Lunatic asylums Bombay report 1891-1903 - 1891-1903
Year: 1891
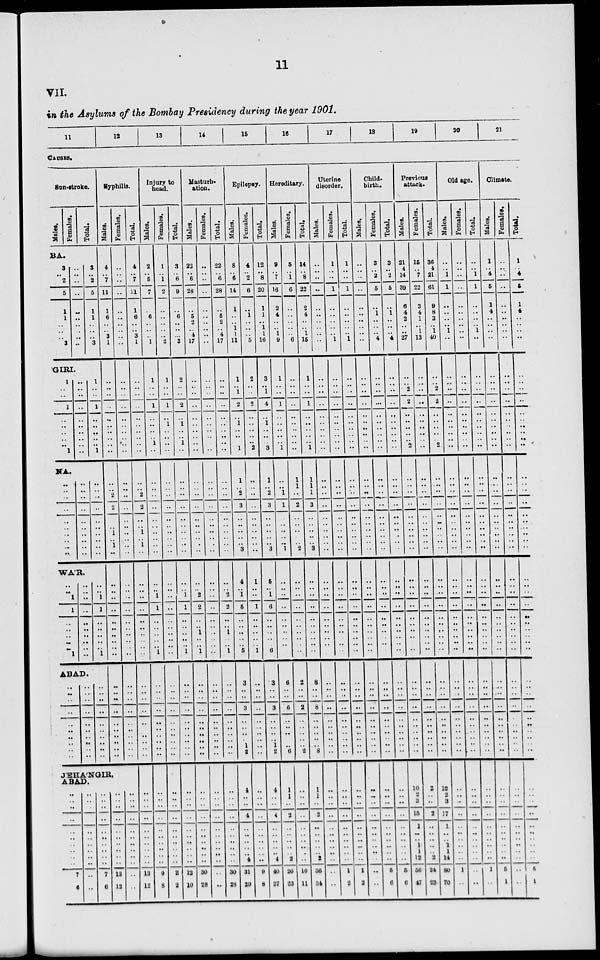
11
VII.
in the Asylums of the Bombay Presidency during the year 1901.
11
12
13
14
15
16
17
18
19
20
21
CAUSES.
Sun-stroke.
Males.
Females. Total.
BA.
3
..
2
5
1
1
..
..
..
3
..
..
..
..
..
..
..
..
..
..
3
..
2
5
1
1
..
..
..
3
GIRI.
1
..
..
1
..
..
..
..
..
1
..
..
..
..
..
..
..
..
..
..
1
..
..
1
..
..
..
..
..
1
NA.
..
..
..
..
..
..
..
..
..
..
..
..
..
..
..
..
..
..
..
..
..
..
..
..
..
..
..
..
..
..
WA'R.
..
..
1
1
..
..
..
..
..
1
..
..
..
..
..
..
..
..
.. ..
..
..
1
1
..
..
..
..
..
1
ABAD.
..
..
..
..
..
..
..
..
..
..
..
..
..
..
..
..
..
..
..
..
Syphilis.
Males.
4
..
7
11
1
6
..
..
3
1
..
..
..
..
..
..
..
..
..
..
Females.
..
..
..
..
..
..
..
..
..
..
..
..
..
..
..
..
..
..
..
..
..
.. 2
2
..
..
1
..
1
..
..
..
..
..
..
..
..
..
..
..
..
..
..
..
..
..
..
..
..
..
..
.. ..
..
..
..
..
..
..
..
..
..
..
..
..
..
..
..
..
..
..
..
..
..
..
..
..
..
..
..
JEHA'NGIR,
ABAD.
..
..
..
..
..
..
..
..
..
..
7
6
..
..
..
..
..
..
..
..
..
..
..
..
..
..
..
..
..
..
..
..
..
..
7
6
..
..
..
..
..
..
..
..
..
..
13
12
..
..
..
..
..
..
..
..
..
..
..
..
Total.
4
..
7
11
1
6
..
..
3
1
..
..
..
..
..
..
..
..
..
..
..
.. 2
2
..
..
1
.. 1
..
..
..
..
..
..
..
..
..
..
..
..
..
..
..
..
..
..
..
..
..
..
..
..
..
..
..
..
..
..
..
13
12
Injury to
head.
Males.
2
..
5
7
..
6
..
..
..
1
1
..
..
1
..
..
..
..
1
..
..
..
..
..
..
..
..
..
..
..
..
.. 1
1
..
..
..
..
.. 1
..
..
..
..
..
..
..
..
..
..
..
..
..
..
..
..
..
..
..
..
9
8
Females.
1
..
1
2
..
,.
..
..
..
2
1
..
..
1
..
1
..
..
..
..
..
..
..
..
..
..
..
..
..
..
..
.. ..
..
..
..
..
..
..
..
..
..
..
..
..
..
..
..
..
..
..
..
..
..
..
..
..
..
..
..
3
2
Total.
3
..
6
9
..
6
..
..
..
3
2
..
..
2
..
1
..
..
1
..
..
..
..
..
..
..
..
..
..
..
..
.. 1
1
..
..
..
..
.. 1
..
..
..
..
..
..
..
..
..
..
..
..
..
..
..
..
..
..
..
..
12
10
Masturb¬
ation.
Males.
22
..
6
28
..
5
2
..
4
17
..
..
..
..
..
..
..
..
..
..
..
..
..
..
..
..
..
..
..
..
..
.. 2
2
..
1
..
..
.. 1
..
..
..
..
..
..
..
..
..
..
..
..
..
..
..
..
..
..
..
..
30
28
Females.
..
..
..
..
..
..
..
..
..
..
..
..
..
..
..
..
..
..
..
..
..
..
..
..
..
..
..
..
..
..
..
..
..
..
..
..
..
..
..
..
..
..
..
..
..
..
..
..
..
..
..
..
..
..
..
..
..
..
..
..
..
..
Total.
22
..
6
28
..
5
2
..
4
17
..
..
..
..
..
..
..
..
..
..
..
..
..
..
..
..
..
..
..
..
..
.. 2
2
..
1
..
..
.. 1
..
..
..
..
..
..
..
..
..
..
..
..
..
..
..
..
..
..
..
..
30
28
Epilepsy.
Males.
8
..
6
14
1
..
..
1
1
11
1
.. 1
2
..
1
..
..
..
1
1
.. 2
3
..
..
..
..
..
3
4
.. 1
5
..
..
..
..
.. 5
3
..
..
3
..
..
..
..
1
2
4
..
..
4
..
..
..
..
..
4
13
29
Females.
4
..
2
6
..
1
..
,.
..
5
2
.. ..
2
..
..
..
..
..
2
..
.. ..
..
..
..
..
..
..
..
1
.. ..
1
..
..
..
..
.. 1
..
..
..
..
..
..
..
.. .. ..
..
..
..
..
..
..
..
..
.. ..
9
8
Total.
12
..
8
20
1
1
..
1
1
16
3
.. 1
4
..
1
..
..
..
3
Hereditary.
Males.
9
..
7
16
2
4
..
..
1
9
1
..
..
1
..
..
..
..
..
1
1
.. 2
3
..
..
..
..
..
3
5
.. 1
6
..
..
..
..
.. 6
3
..
..
3
..
..
..
..
1
2
4
..
..
4
..
..
..
..
..
4
40
37
..
.. 1
1
..
..
..
..
..
1
..
..
..
..
..
..
..
..
..
..
6
..
..
6
..
..
..
..
..
2
Females.
5
..
1
6
..
..
..
..
..
6
..
..
..
..
..
..
..
..
..
..
1
1
..
2
..
..
..
..
..
2
..
..
..
..
..
..
..
..
..
..
2
..
..
2
..
..
..
..
..
6
1
1
..
2
..
..
..
..
..
2
26
23
..
..
..
..
..
..
..
..
..
..
10
11
Total.
14
..
8
22
2
4
..
..
1
15
1
..
..
1
..
..
..
..
..
1
Uterine
disorder.
Males.
..
..
..
..
..
..
..
..
..
..
..
..
..
..
..
..
..
..
..
..
1
1
1
3
..
..
..
..
..
3
..
..
..
..
..
..
..
..
..
..
8
..
..
8
..
..
..
..
..
8
1
1
..
2
..
..
..
..
.. 2
36
34
..
..
..
..
..
..
..
..
..
..
..
..
..
..
..
..
..
..
..
..
..
..
..
..
..
..
..
..
..
..
..
..
..
..
..
..
..
..
..
..
..
..
Females.
1
..
..
1
..
..
..
..
..
1
..
..
..
..
..
..
..
..
..
..
..
..
..
..
..
..
..
..
..
..
..
..
..
..
..
..
..
..
..
..
..
..
..
..
..
..
..
..
..
..
..
..
..
..
..
..
..
..
..
..
1
2
Total.
1
..
..
1
..
..
..
..
..
1
..
..
..
..
..
..
..
..
..
..
..
..
..
..
..
..
..
..
..
..
..
..
..
..
..
..
..
..
..
..
..
..
..
..
..
..
..
..
..
..
..
..
..
..
..
..
..
..
..
..
1
2
Child
birth.
Males.
..
..
..
..
..
..
..
..
..
..
..
..
..
..
..
..
..
..
..
..
..
..
..
..
..
..
..
..
..
..
..
..
..
..
..
..
..
..
..
..
..
..
..
..
..
..
..
..
..
..
..
..
..
..
..
..
..
..
..
..
..
..
Females.
3
..
2
5
..
1
..
..
..
4
..
..
..
..
..
..
..
..
..
..
..
..
..
..
..
..
..
..
..
..
..
..
..
..
..
..
..
..
..
..
..
..
..
..
..
..
..
..
..
..
Total.
3
..
2
5
..
1
..
..
..
4
..
..
..
..
..
..
..
..
..
..
..
..
..
..
..
..
..
..
..
..
..
..
..
..
..
..
..
..
..
..
..
..
..
..
..
..
..
..
..
..
..
..
..
..
..
..
..
..
..
..
5
6
..
..
..
..
..
..
..
..
..
..
5
6
Previous
attack.
Males.
21
4
14
39
6
4
2
..
..
27
..
.. 2
2
..
..
..
..
..
2
..
..
..
..
..
..
..
..
..
..
..
..
..
..
..
..
..
..
..
..
..
..
..
..
..
..
..
..
..
..
10
2
3
15
1
..
..
1
1
12
56
47
Females.
15
..
7
22
3
4
1
..
1
13
..
.. ..
..
..
..
..
..
..
..
..
..
..
..
..
..
..
..
..
..
..
..
..
..
..
..
..
..
..
..
..
..
..
..
..
..
..
..
..
..
2
..
..
2
..
..
..
..
..
24
23
Total.
36
4
21
61
9
8
3
..
1
40
..
.. 2
2
..
..
..
..
..
2
..
..
..
..
..
..
..
..
..
..
..
..
..
..
..
..
..
..
..
..
..
..
..
..
..
..
..
..
..
..
12
2
3
17
1
..
..
1
1
14
80
70
Old age.
Males.
..
..
1
1
..
..
..
..
1
..
..
..
..
..
..
..
..
..
..
..
..
..
..
..
..
..
..
..
..
..
..
..
..
..
..
..
..
..
..
..
..
..
..
..
..
..
..
..
..
..
..
..
..
..
..
..
..
..
..
..
1
..
Females.
..
..
..
..
..
..
..
..
..
..
..
..
..
..
..
..
..
..
..
..
..
..
..
..
..
..
..
..
..
..
..
..
..
..
..
..
..
..
.. ..
..
..
..
..
..
..
..
..
..
..
..
..
..
..
..
..
..
..
..
..
..
..
Total.
..
..
1
1
..
..
..
..
1
..
..
..
..
..
..
..
..
..
..
..
..
..
..
..
..
..
..
..
..
..
..
..
..
..
..
..
..
..
..
..
..
..
..
..
..
..
..
..
..
..
..
..
..
..
..
..
..
..
..
..
1
..
Climate.
Males.
1
..
4
5
1
4
..
..
..
..
Females.
Total.
..
..
..
..
..
..
..
..
..
..
..
..
..
..
..
..
..
..
..
..
..
..
..
..
..
..
..
..
..
..
..
..
..
..
..
..
..
..
..
..
..
..
..
..
..
..
..
..
..
..
..
..
..
..
..
..
..
..
..
..
5
..
..
..
..
..
..
..
..
..
..
..
..
..
..
..
..
..
..
..
..
..
..
..
..
..
..
..
..
..
..
..
..
..
..
..
..
..
..
..
..
..
..
..
..
..
..
..
..
..
..
..
..
1
1
..
4
5
1
4
..
..
..
..
..
..
..
..
..
..
..
..
..
..
..
..
..
..
..
..
..
..
..
..
..
..
..
..
..
..
..
..
..
..
..
..
..
..
..
..
..
..
..
..
..
..
..
..
..
..
..
..
..
..
5
1